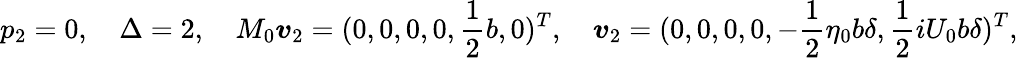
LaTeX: p_{2}=0,\quad\Delta=2,\quad M_{0}\boldsymbol{v}_{2}=(0,0,0,0,\frac{1}{2}b,0)^{T},\quad\boldsymbol{v}_{2}=(0,0,0,0,-\frac{1}{2}\eta_{0}b\delta,\frac{1}{2}iU_{0}b\delta)^{T},